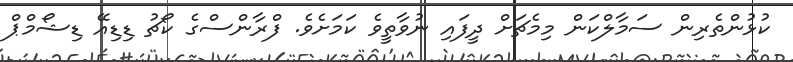
ކުޅުންތެރިން ސަމާލްކަން މިމެޗަށް ދީފައި ނުވާތީވެ ކަމަށެވެ. ފްރާންސްގެ ކޯޗު ޑިޑިއޭ ޑިޝޯމްޕް